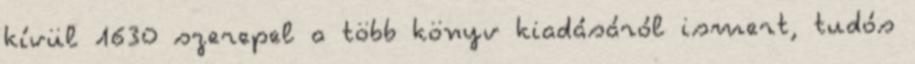
kívül 1630 szerepel a több könyv kiadásáról ismert, tudós